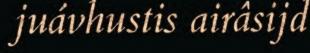
juávhustis airâsijd